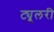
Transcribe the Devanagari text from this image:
ट्यूलरी